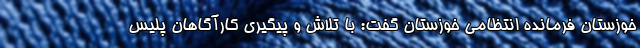
خوزستان فرمانده انتظامی خوزستان گفت: با تلاش و پیگیری کارآگاهان پلیس